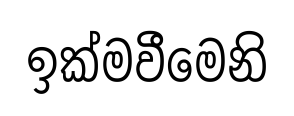
ඉක්මවීමෙනි